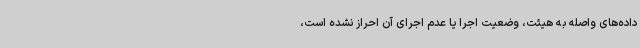
داده‌های واصله به هیئت، وضعیت اجرا یا عدم اجرای آن احراز نشده است،